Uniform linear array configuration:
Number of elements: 4
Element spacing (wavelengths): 0.25
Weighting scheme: blackman
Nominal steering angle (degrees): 45
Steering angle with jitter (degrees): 43.515
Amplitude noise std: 0.05
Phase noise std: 0.05

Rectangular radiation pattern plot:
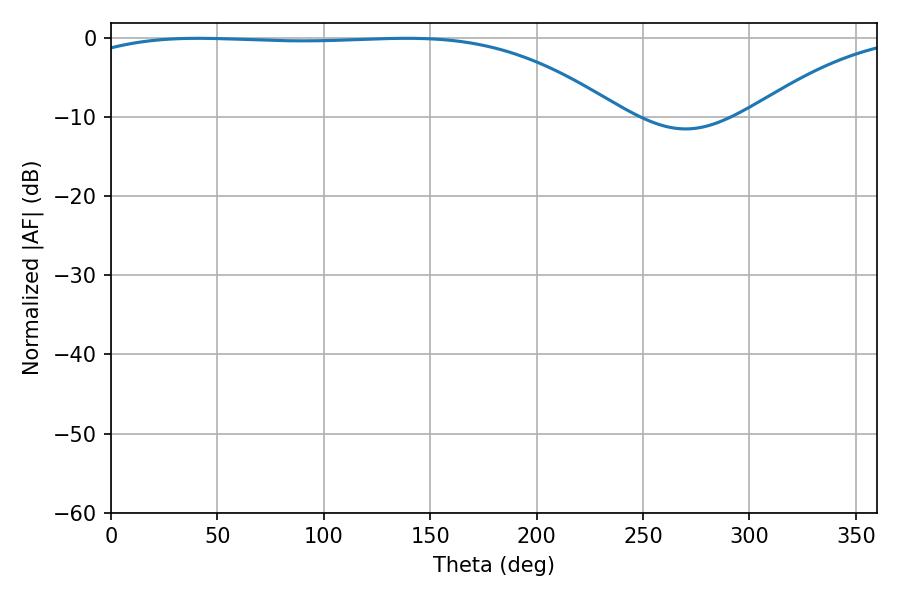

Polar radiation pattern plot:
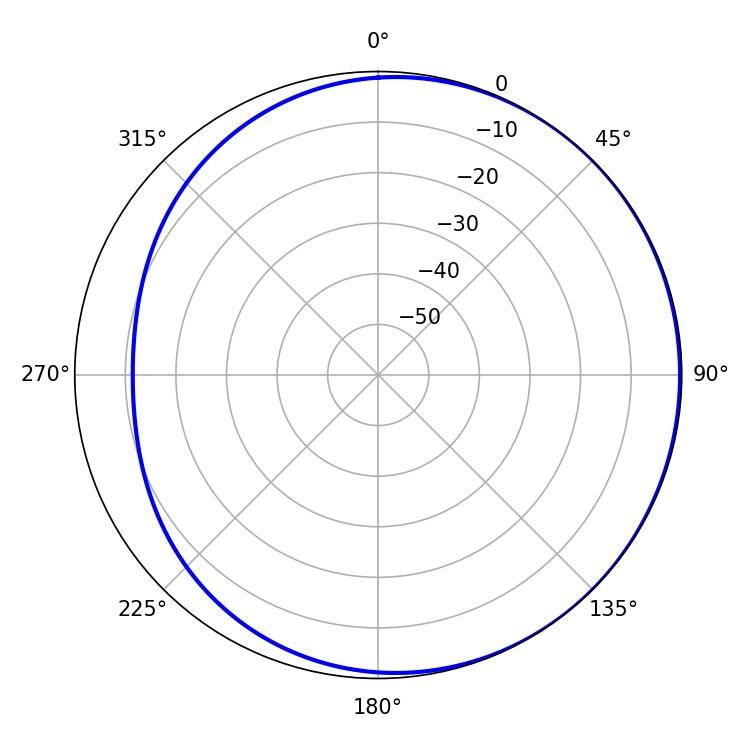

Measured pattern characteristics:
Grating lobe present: FALSE
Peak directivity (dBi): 1.173
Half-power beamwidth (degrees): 199.98
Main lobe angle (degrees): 41.04